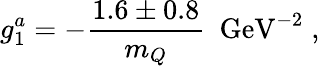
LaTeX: g_{1}^{a}=-{\frac{1.6\pm 0.8}{m_{Q}}}~~\mathrm{GeV}^{-2}\; ,